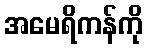
အမေရိကန်ကို